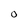
Character: O